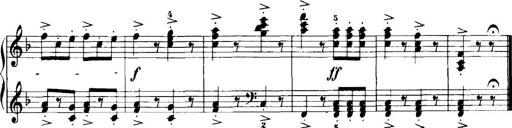
Title: 7 Sonatinas
Composer: Anton Diabelli